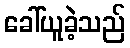
ခေါ်ယူခဲ့သည်